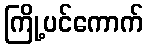
ကြို့ပင်ကောက်